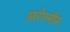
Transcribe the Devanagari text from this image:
आरोस्सीम